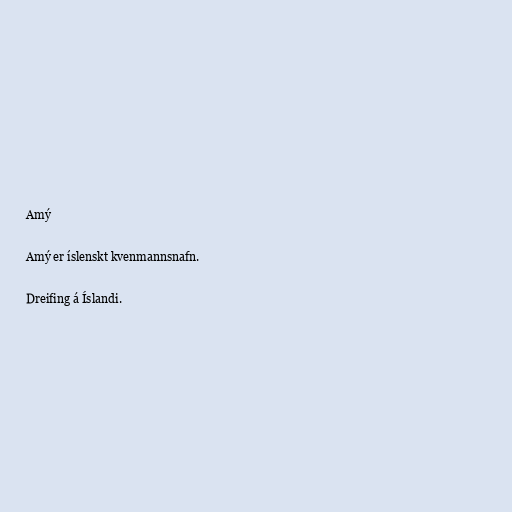
Amý

Amý er íslenskt kvenmannsnafn.

Dreifing á Íslandi.